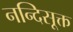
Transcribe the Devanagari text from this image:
नन्दिसूक्त